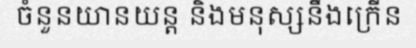
ចំនួនយានយន្ត និងមនុស្សនឹងក្រើន